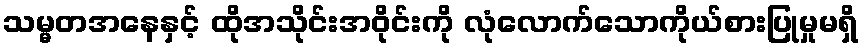
သမ္မတအနေနှင့် ထိုအသိုင်းအဝိုင်းကို လုံလောက်သောကိုယ်စားပြုမှုမရှိ